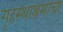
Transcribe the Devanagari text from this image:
गृहस्थाश्रमाचा